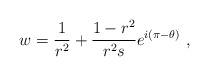
LaTeX: \begin{align*} w=\frac 1{r^2}+\frac{1-r^2}{r^2 s} e^{i(\pi-\theta)}\ ,\end{align*}